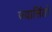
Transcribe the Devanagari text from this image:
ज्यासिंतो